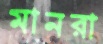
মানরা